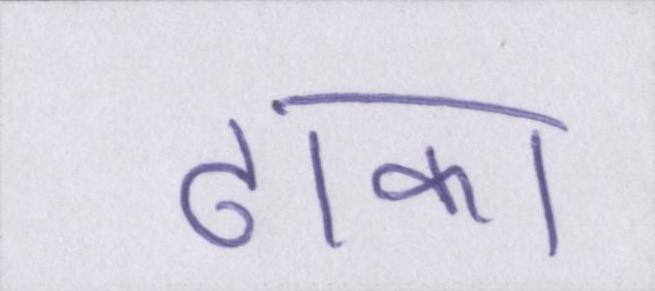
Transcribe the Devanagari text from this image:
ढाका